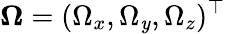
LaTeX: \boldsymbol{\Omega}=(\Omega_{x},\Omega_{\mathit{y}},\Omega_{z})^{\top}